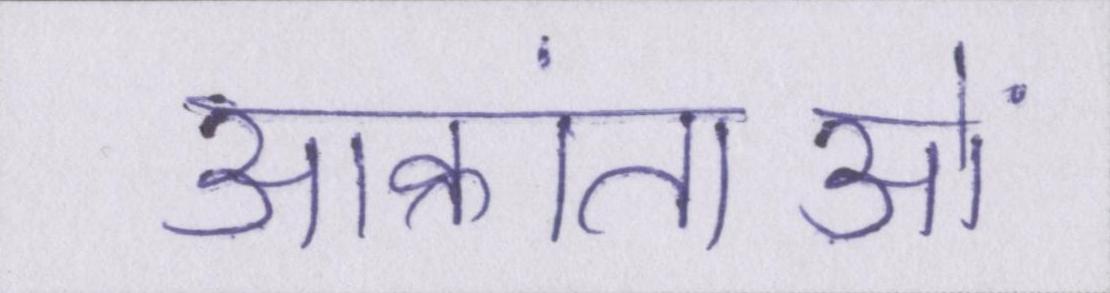
आक्रांताओं